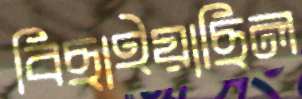
বিছাইয়াছিল